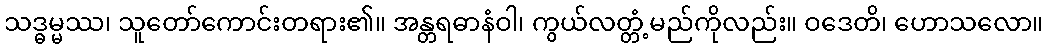
သဒ္ဓမ္မဿ၊ သူတော်ကောင်းတရား၏။ အန္တရဓာနံဝါ၊ ကွယ်လတ္တံ့မည်ကိုလည်း။ ဝဒေတိ၊ ဟောသလော။